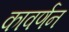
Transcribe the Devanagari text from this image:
कावर्णन